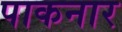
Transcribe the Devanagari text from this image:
पाकनार